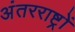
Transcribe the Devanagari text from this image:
अंतरराष्ट्रों